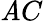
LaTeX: \mathit{A}C